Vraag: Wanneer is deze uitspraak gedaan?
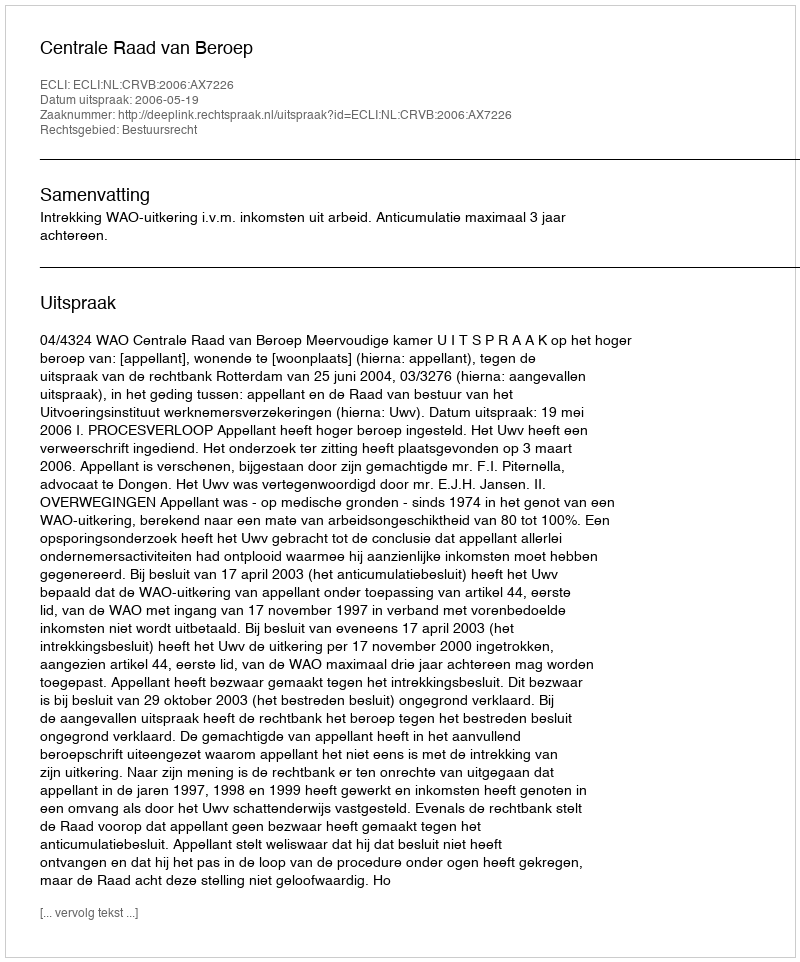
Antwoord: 2006-05-19